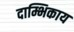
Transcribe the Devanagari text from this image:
दाम्भिकाय